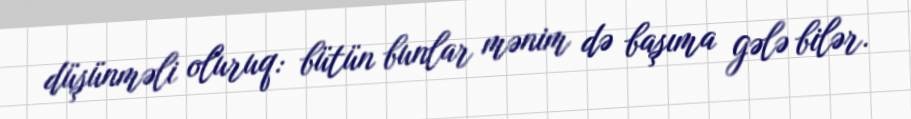
düşünməli oluruq: bütün bunlar mənim də başıma gələ bilər.